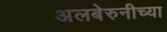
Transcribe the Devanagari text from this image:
अलबेरुनीच्या